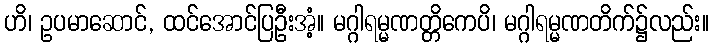
ဟိ၊ ဥပမာဆောင်, ထင်အောင်ပြဦးအံ့။ မဂ္ဂါရမ္မဏတ္တိကေပိ၊ မဂ္ဂါရမ္မဏတိက်၌လည်း။